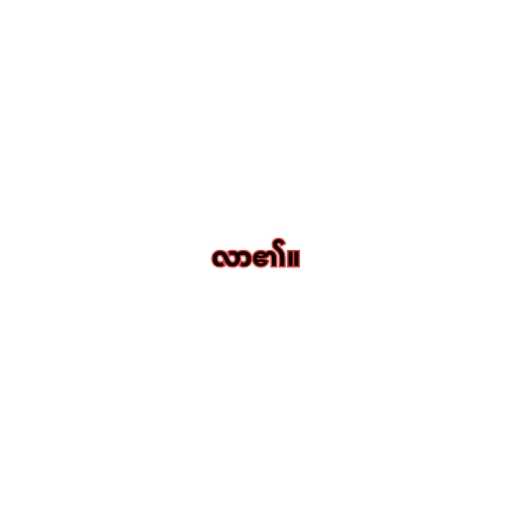
လာ၏။